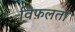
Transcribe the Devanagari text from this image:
विफ़लता